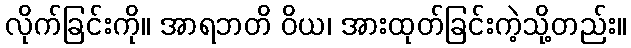
လိုက်ခြင်းကို။ အာရဘတိ ဝိယ၊ အားထုတ်ခြင်းကဲ့သို့တည်း။